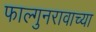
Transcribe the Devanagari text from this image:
फाल्गुनरावाच्या